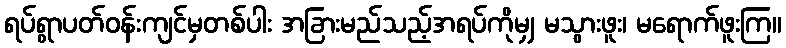
ရပ်ရွာပတ်ဝန်းကျင်မှတစ်ပါး အခြားမည်သည့်အရပ်ကိုမျှ မသွားဖူး၊ မရောက်ဖူးကြ။